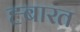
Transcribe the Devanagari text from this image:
ह्बारत